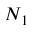
N _ { 1 }